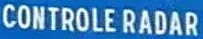
CONTROLE RADAR